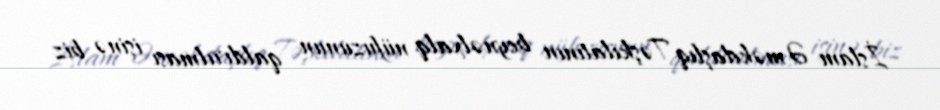
İslam Əməkdaşlıq Təşkilatının beynəlxalq nüfuzunun qaldırılması işinə biz